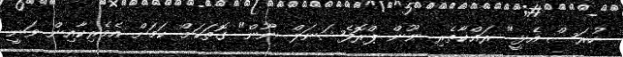
ހުރަސް އެޅީ" ރައްކާތެރި ނޫން ޕްރޮފެޝަނަލް ނޫން" ގޮތަކަށް ކަމަށް އެމެރިކާއިން ވަނީ